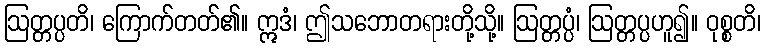
ဩတ္တပ္ပတိ၊ ကြောက်တတ်၏။ ဣဒံ၊ ဤသဘောတရားတို့သို့။ ဩတ္တပ္ပံ၊ ဩတ္တပ္ပဟူ၍။ ဝုစ္စတိ၊